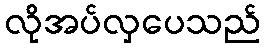
လိုအပ်လှပေသည်